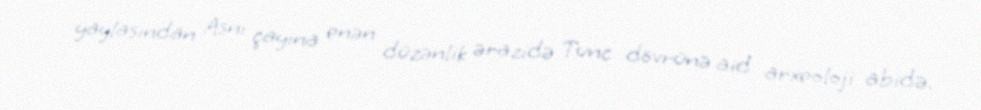
yaylasından Asnı çayına enən düzənlik ərazidə Tunc dövrünə aid arxeoloji abidə.